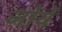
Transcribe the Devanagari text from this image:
नोर्ये